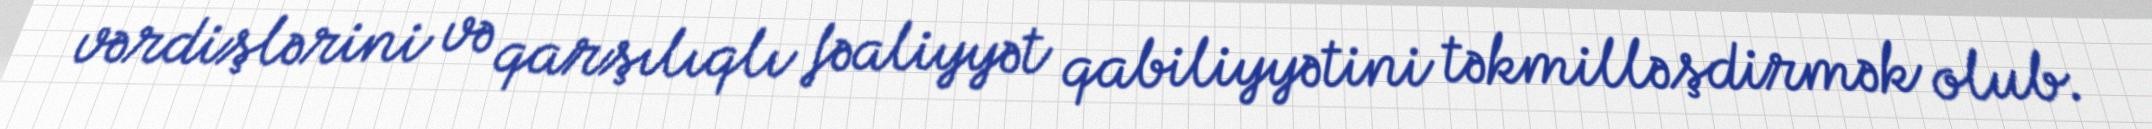
vərdişlərini və qarşılıqlı fəaliyyət qabiliyyətini təkmilləşdirmək olub.